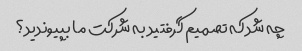
چه شد که تصمیم گرفتید به شرکت ما بپیوندید؟